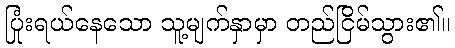
ပြုံးရယ်နေသော သူ့မျက်နှာမှာ တည်ငြိမ်သွား၏။